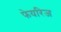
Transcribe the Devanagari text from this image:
फेयरिज